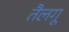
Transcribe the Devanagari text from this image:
तैलगू